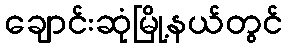
ချောင်းဆုံမြို့နယ်တွင်